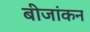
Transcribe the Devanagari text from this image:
बीजांकन